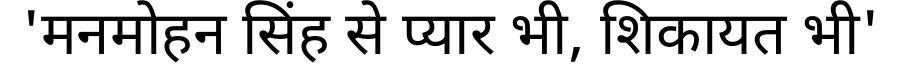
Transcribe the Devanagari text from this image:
'मनमोहन सिंह से प्यार भी, शिकायत भी'